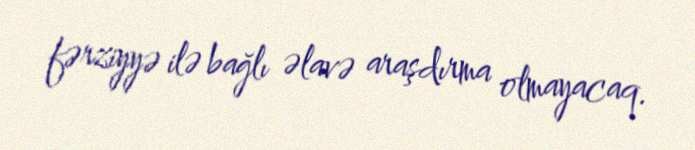
fərziyyə ilə bağlı əlavə araşdırma olmayacaq.